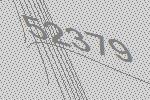
52379